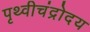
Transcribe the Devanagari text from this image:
पृथ्वीचंद्रोदय